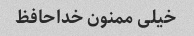
خیلی ممنون خداحافظ